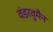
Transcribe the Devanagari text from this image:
वंडरवुमैन